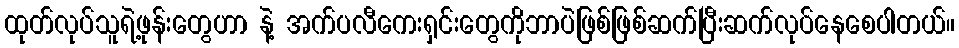
ထုတ်လုပ်သူရဲ့ဖုန်းတွေဟာ နဲ့ အက်ပလီကေးရှင်းတွေကိုဘာပဲဖြစ်ဖြစ်ဆက်ပြီးဆက်လုပ်နေစေပါတယ်။